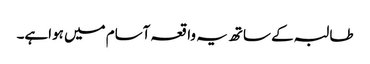
طالبہ کے ساتھ یہ واقعہ آسام میں ہواہے۔